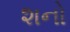
શનો